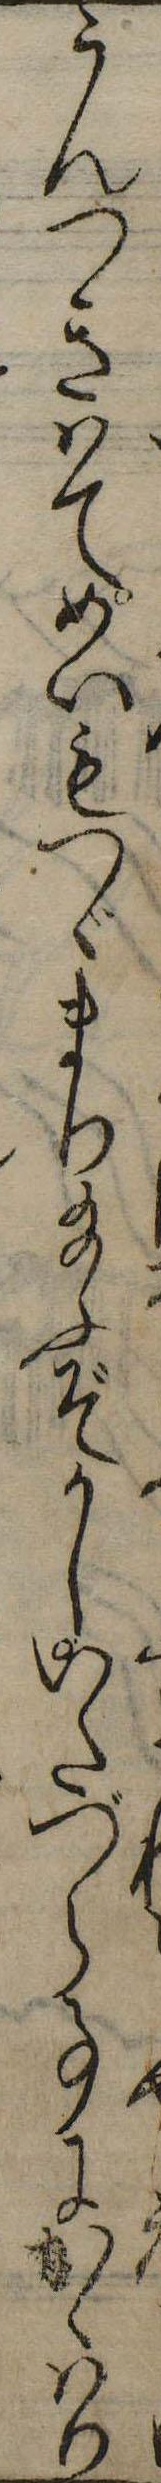
うんつきはてめいもつゞまり給ふぞかしいたづら事にかゝはり